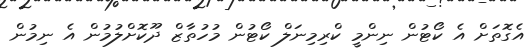
އެގޮތަށް އެ ކޯޓުން ނިންމީ ކްރިމިނަލް ކޯޓުން މުހުތާޒް ދޫކޮށްލުމުން އެ ނިމުން